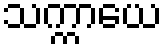
သက္ကာယေ